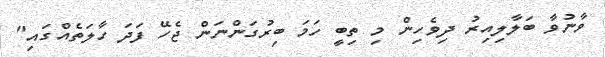
ވާނުވާ ބަލާލިއިރު ދިވެހިން މި ތިބީ ހަމަ ބިރުގަންނަން ޖެހޭ ފަދަ ހާލަތެއްގައި"